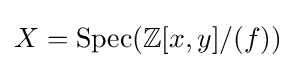
X=\operatorname {Spec} (\mathbb {Z} [x,y]/(f))